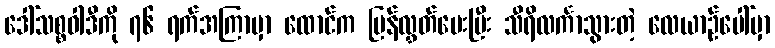
ဒေါ်သစ္စဝါဒီကို ၇၆ ရက်အကြာမှာ ထောင်က ပြန်လွှတ်ပေးပြီး သီရိလင်္ကာသွားတဲ့ လေယာဉ်ပေါ်မှာ